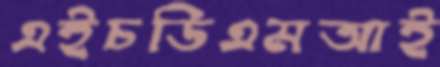
এইচডিএমআই